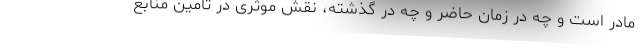
مادر است و چه در زمان حاضر و چه در گذشته، نقش موثری در تامین منابع